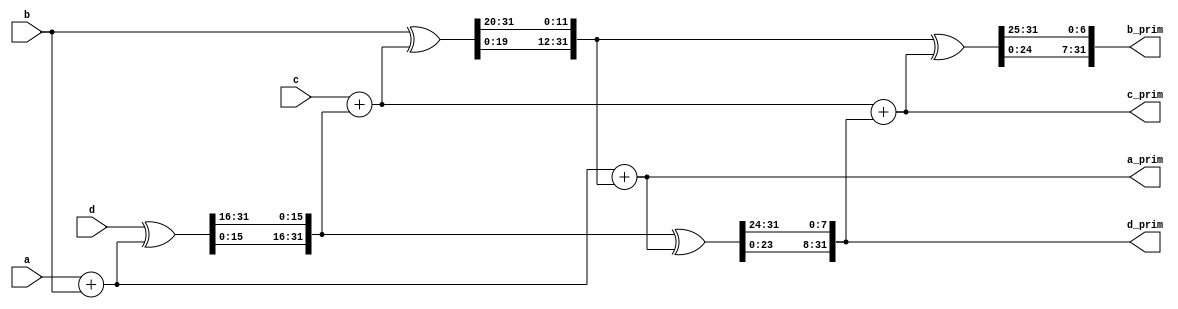
module chacha_qr(
                 input wire [31 : 0]  a,
                 input wire [31 : 0]  b,
                 input wire [31 : 0]  c,
                 input wire [31 : 0]  d,
                 output wire [31 : 0] a_prim,
                 output wire [31 : 0] b_prim,
                 output wire [31 : 0] c_prim,
                 output wire [31 : 0] d_prim
                );
  reg [31 : 0] internal_a_prim;
  reg [31 : 0] internal_b_prim;
  reg [31 : 0] internal_c_prim;
  reg [31 : 0] internal_d_prim;
  assign a_prim = internal_a_prim;
  assign b_prim = internal_b_prim;
  assign c_prim = internal_c_prim;
  assign d_prim = internal_d_prim;
  always @*
    begin : qr
      reg [31 : 0] a0;
      reg [31 : 0] a1;
      reg [31 : 0] b0;
      reg [31 : 0] b1;
      reg [31 : 0] b2;
      reg [31 : 0] b3;
      reg [31 : 0] c0;
      reg [31 : 0] c1;
      reg [31 : 0] d0;
      reg [31 : 0] d1;
      reg [31 : 0] d2;
      reg [31 : 0] d3;
      a0 = a + b;
      d0 = d ^ a0;
      d1 = {d0[15 : 0], d0[31 : 16]};
      c0 = c + d1;
      b0 = b ^ c0;
      b1 = {b0[19 : 0], b0[31 : 20]};
      a1 = a0 + b1;
      d2 = d1 ^ a1;
      d3 = {d2[23 : 0], d2[31 : 24]};
      c1 = c0 + d3;
      b2 = b1 ^ c1;
      b3 = {b2[24 : 0], b2[31 : 25]};
      internal_a_prim = a1;
      internal_b_prim = b3;
      internal_c_prim = c1;
      internal_d_prim = d3;
    end 
endmodule